King Institute of Preventive Medicine Micro-Biological Section reports 1912-19
Year: 1912
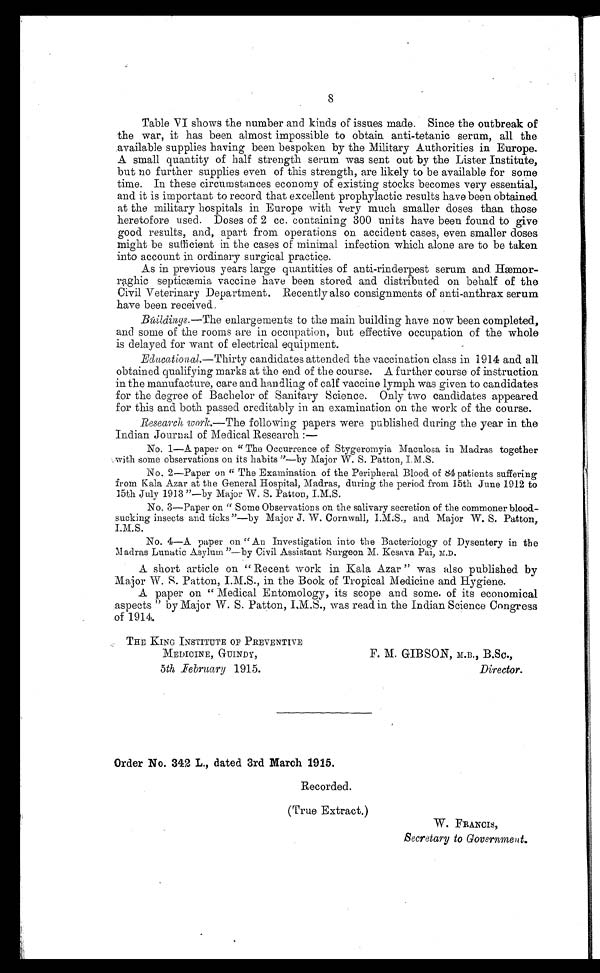
8
Table VI shows the number and kinds of issues made. Since the outbreak of
the war, it has been almost impossible to obtain anti-tetanic serum, all the
available supplies having been bespoken by the Military Authorities in Europe.
A small quantity of half strength serum was sent out by the Lister Institute,
but no further supplies even of this strength, are likely to be available for some
time. In these circumstances economy of existing stocks becomes very essential,
and it is important to record that excellent prophylactic results have been obtained
at the military hospitals in Europe with very much smaller doses than those
heretofore used. Doses of 2 cc. containing 300 units have been found to give
good results, and, apart from operations on accident cases, even smaller doses
might be sufficient in the cases of minimal infection which alone are to be taken
into account in ordinary surgical practice.
As in previous years large quantities of anti-rinderpest serum and. Hæmor
-raghic septiæmia vaccine have been stored and distributed on behalf of the
Civil Veterinary Department. Recently also consignments of anti-anthrax serum
have been received.
Búildings.— The enlargements to the main building have now been completed,
and sonic of the rooms are in occupation, but effective occupation of the whole
is delayed for want of electrical equipment.
Educational.— Thirty candidates attended the vaccination class in 1914 and all
obtained qualifying marks at the end of the course. A further course of instruction
in the manufacture, care and handling of calf vaccine lymph was given to candidates
for the degree of Bachelor of Sanitary Science. Only two candidates appeared
for this and both passed creditably in an examination on the work of the course.
Research work.—The following papers were published during the year in. the
Indian Journal of Medical Research : —
No. 1—A paper on " The Occurrence of Stygeromyia Maculosa in Madras together
with some observations ou its habits "—by Major W. S. Patton, I.M.S.
No. 2—Paper on " The Examination of the Peripheral Blood of 84 patients suffering
from Kala Azar at the General Hospital, Madras, during the period from 15th June 1912 to
15th July 1913 "—by Major W. S. Patton, I.M.S.
No. 3—Paper on " Some Observations on the salivary secretion of the commoner blood-
sucking insects and ticks "—by Major J. W. Cornwall, and Major W. S. Patton,
I.M.S.
No. 4—A paper on "An Investigation into the Bacteriology of Dysentery in the
Madras Lunatic Asylum "—by Civil Assistant Surgeon M. Kesava Pai, M.D.
A short article on " Recent work in Kala Azar " was also published by
Major W.S. Patton, IMS., in the Book of Tropical Medicine and Hygiene.
A paper on " Medical Entomology, its scope and some. of its economical
aspects " by Major W. S. Patton, I.M.S., was read in the Indian Science Congress
of 1914.
THE KING INSTITUTE OF PREVENTIVE
MEDICINE, GUINDY,
5th _February 1915.
F. M. GIBSON, M.D., B.SC.,
Director.
Order No. 342 L., dated 3rd March 1915.
Recorded.
(True Extract.)
W. FRANCIS,
Secretary to Government.